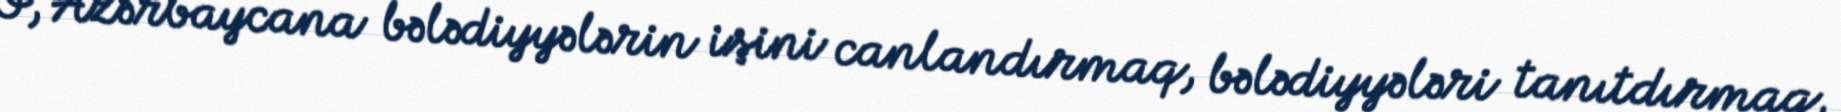
O, Azərbaycana bələdiyyələrin işini canlandırmaq, bələdiyyələri tanıtdırmaq,